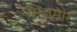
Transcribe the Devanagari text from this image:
सिज़मोर